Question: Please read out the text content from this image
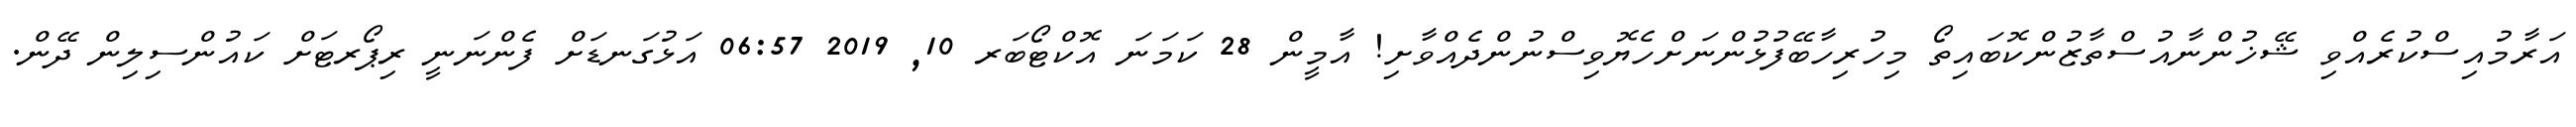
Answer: އަރާމުއިސްކުރެއްވި ޝޭޚުންނާއުސްތާޒުންކޮބައިތޯ މިހުރިހާބޭފުޅުންނަށްހެޔޮވިސްނުންދެއްވާށި! އާމީން 28 ކަމަނަ އޮކްޓޯބަރ 10, 2019 06:57 އަޅުގަނޑަށް ފެންނަނީ ރިޕޯރޓަށް ކައުންސިލިން ދޭން.